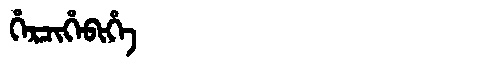
Manchu: ᡥᡝᡵᠴᡳᡥᡝᠪᡳᡥᡝ
Romanization: HERCIHEBIHE